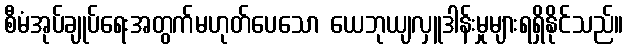
စီမံအုပ်ချုပ်ရေးအတွက်မဟုတ်ပေသော ယေဘုယျလှူဒါန်းမှုများရရှိနိုင်သည်။